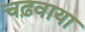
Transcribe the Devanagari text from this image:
चढ़वाया